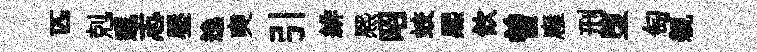
匹剋邐志壓逸奭引緋熈昭蛟熈飲曽廱刑堕匋親